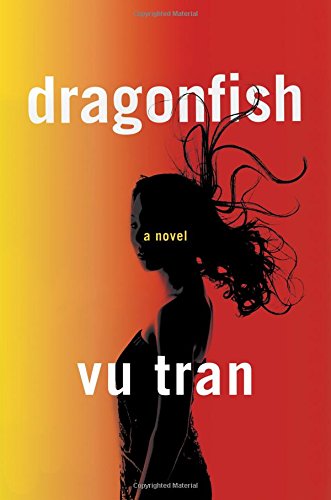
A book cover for Dragonfish: A Novel; Vu Tran; Literature & Fiction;